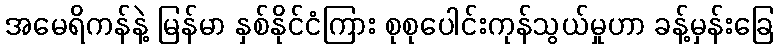
အမေရိကန်နဲ့ မြန်မာ နှစ်နိုင်ငံကြား စုစုပေါင်းကုန်သွယ်မှုဟာ ခန့်မှန်းခြေ